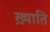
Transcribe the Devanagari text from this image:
ख़्याति